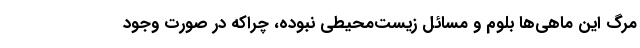
مرگ این ماهی‌ها بلوم و مسائل زیست‌محیطی نبوده، چراکه در صورت وجود